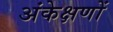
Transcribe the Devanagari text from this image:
अंकेक्षणों